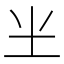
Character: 𰉗